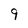
Character: 9